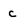
Character: c